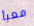
معبأ